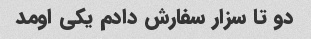
دو تا سزار سفارش دادم یکی اومد